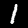
Digit: 1